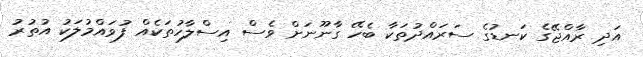
އަދި ރާއްޖޭގެ ކަނޑުގެ ސަރައްދުތަކާ ބެހޭ ގާނޫނަށް ވެސް އިސްލާހުތަކެއް ފުވައްމުލަކު އުތުރު